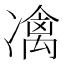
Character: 𠘅